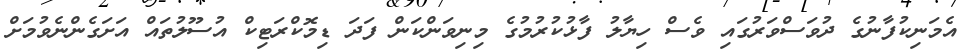
އެމަނިކުފާނުގެ ދުވަސްވަރުގައި ވެސް ހިޔާލު ފާޅުކުރުމުގެ މިނިވަންކަން ފަދަ ޑިމޮކްރަޓިކް އުސޫލުތައް އަށަގެންނެވުމަށް